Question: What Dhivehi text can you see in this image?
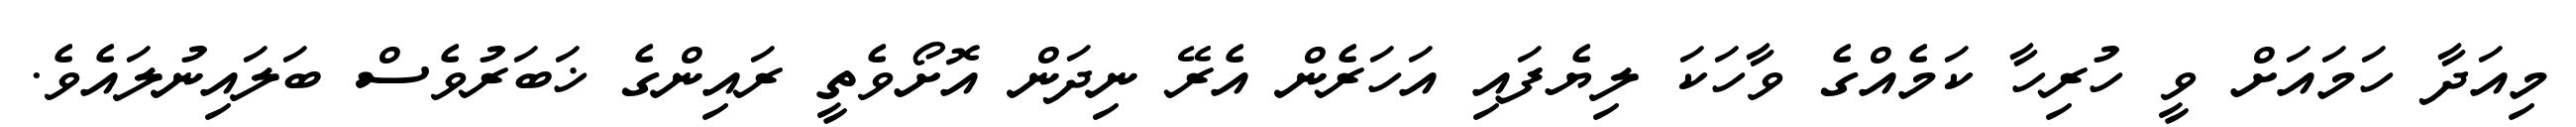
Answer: މިއަދާ ހަމައަށް ވީ ހުރިހާ ކަމެއްގެ ވާހަކަ ލިޔެފައި އަހަރެން އެރޭ ނިދަން އޮށޯވެތީ ރައިންގެ ޚަބަރުވެސް ބަލައިނުލައެވެ.